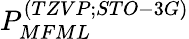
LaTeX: P_{MFML}^{(TZVP;STO-3G)}